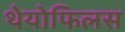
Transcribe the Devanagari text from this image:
थेयोफिलस